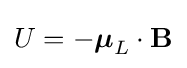
U=-{\boldsymbol {\mu }}_{L}\cdot \mathbf {B}